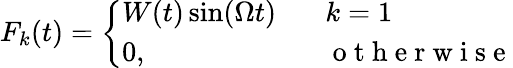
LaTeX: {F}_{k}(t)=\left\{ \begin{array}{ll}{W(t)\sin(\Omega t)\ \ \ }&{k=1}\\ {0,\ \ \ }&{\mathrm{~o~t~h~e~r~w~i~s~e~}}\end{array}\right.